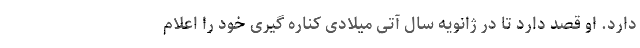
دارد. او قصد دارد تا در ژانویه سال آتی میلادی کناره گیری خود را اعلام